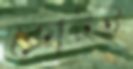
কোটই